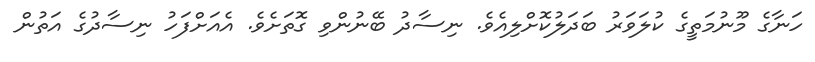
ހަނާގެ މޫނުމަތީގެ ކުލަވަރު ބަދަލުކޮށްލިއެވެ. ނިސާދު ބޭނުންވި ގޮތަށެވެ. އެއަށްފަހު ނިސާދުގެ އަތުން